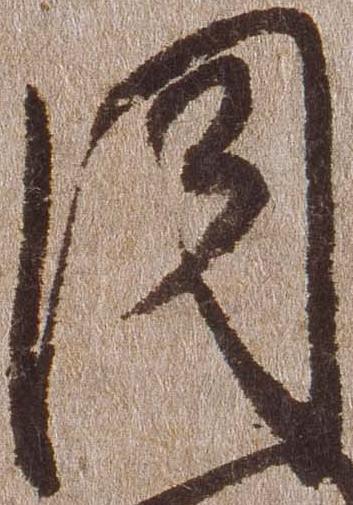
同